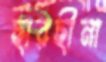
ছারছীনা